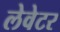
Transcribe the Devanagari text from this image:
लेवेटर